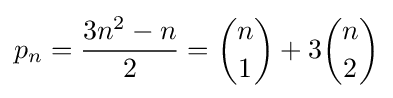
p_{n}={\frac {3n^{2}-n}{2}}={\binom {n}{1}}+3{\binom {n}{2}}